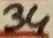
Text: 34